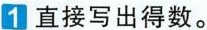
1直接写出得数。